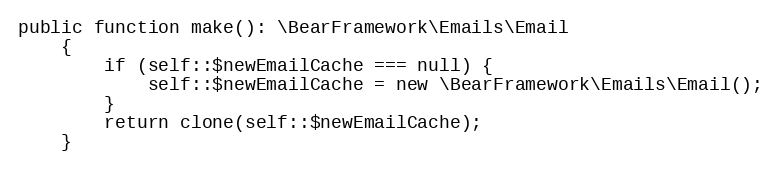
Language: PHP
public function make(): \BearFramework\Emails\Email
    {
        if (self::$newEmailCache === null) {
            self::$newEmailCache = new \BearFramework\Emails\Email();
        }
        return clone(self::$newEmailCache);
    }